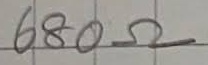
Text: 680Ω